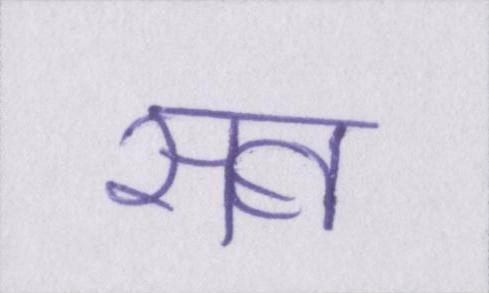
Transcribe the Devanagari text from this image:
सब